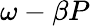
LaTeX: \omega-\beta P